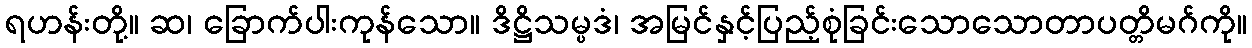
ရဟန်းတို့။ ဆ၊ ခြောက်ပါးကုန်သော။ ဒိဋ္ဌိသမ္ပဒံ၊ အမြင်နှင့်ပြည့်စုံခြင်းသောသောတာပတ္တိမဂ်ကို။